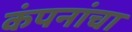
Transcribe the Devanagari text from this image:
कंपनांचा